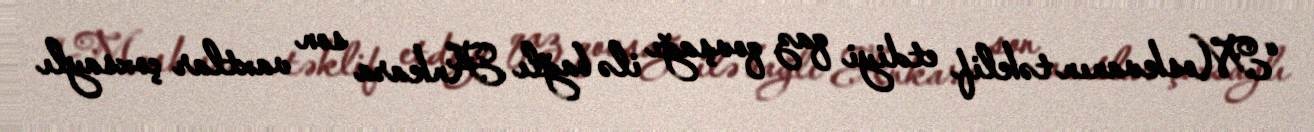
“Moskvanın təklif etdiyi qaz qovşağı ilə bağlı Ankara son vaxtlar çoxsaylı